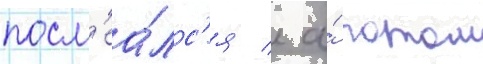
посм'еа́лс'я / а́ потом